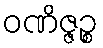
ဝဏိဇ္ဇဉ္စ